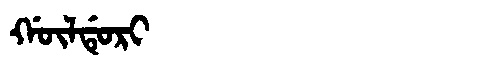
Manchu: ᡤᡡᠯᡩᡠᡵᡳ
Romanization: GŪLDURI